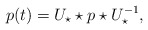
\begin{align*}p(t)=U_{\star} \star p \star U_{\star}^{-1},\end{align*}